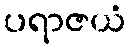
ပရာဇယံ